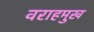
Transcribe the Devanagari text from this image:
वराहमुख